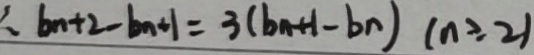
b _ { n } + 2 - b _ { n + 1 } = 3 ( b _ { n + 1 } - b _ { n } ) ( n \geq 2 )